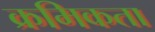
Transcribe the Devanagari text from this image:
क्रमिकता